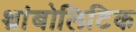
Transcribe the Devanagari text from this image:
थ्रांबोलिटिक